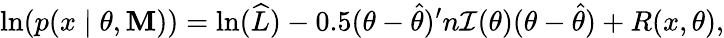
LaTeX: \ln(p(x\mid\theta,\mathbf{M}))=\ln({\widehat{{L}}})-0.5(\theta-{\widehat{{\theta}}})^{\prime}n{\mathcal{{I}}}(\theta)(\theta-{\widehat{{\theta}}})+R(x,\theta),